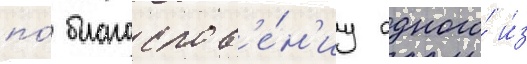
по́ благослов'е́н'иу одного́ и́з